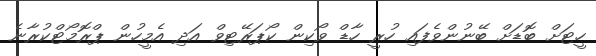
ހީޓަށް ބޮޑަށް ބޭނުންވެފައި ހުރީ ހާޑް ވޯކިން ކޯޕަރޭޓިވް އަދި އެމީހުން ޕްރޮމޯޓްކުރާނެ